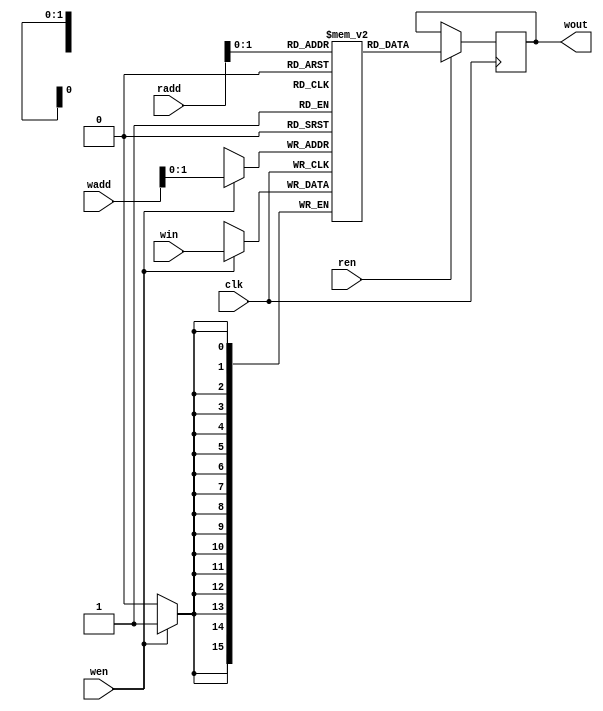
module Weight_Memory #(parameter numWeight = 3, neuronNo=5,layerNo=1,addressWidth=10,dataWidth=16,weightFile="w_1_15.mif") 
    ( 
    input clk,
    input wen,
    input ren,
    input [addressWidth-1:0] wadd,
    input [addressWidth-1:0] radd,
    input [dataWidth-1:0] win,
    output reg [dataWidth-1:0] wout);
    // [dataWidth-1:0] defines the single value's dataWidth
	// [numWeight-1:0] defines the depth of mem
	// This is for a signle neuron and [numWeight-1:0] is the number of incomes to a neuron
    reg [dataWidth-1:0] mem [numWeight-1:0];
	// This is to load the weight matrix into our memory 
	// it acts like a ROM means its content cannot be changed
	// It is a ROM using Block RAM
    `ifdef pretrained
        initial
		begin
	        $readmemb(weightFile, mem);
	    end
	// This is to write the weight values into memory single by single
	// wen means write enable
	// win means write input
	// wadd means where to store the values
	// it acts as a RAM
	`else
		always @(posedge clk)
		begin
			if (wen)
			begin
				mem[wadd] <= win;
			end
		end 
    `endif
    
    always @(posedge clk)
    begin
        if (ren)
        begin
            wout <= mem[radd];
        end
    end 
endmodule